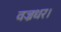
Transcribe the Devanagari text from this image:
वज्रधर।